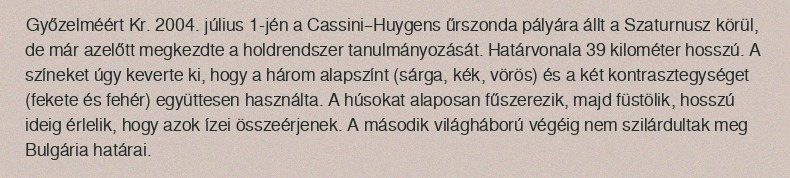
Győzelméért Kr. 2004. július 1-jén a Cassini–Huygens űrszonda pályára állt a Szaturnusz körül, de már azelőtt megkezdte a holdrendszer tanulmányozását. Határvonala 39 kilométer hosszú. A színeket úgy keverte ki, hogy a három alapszínt (sárga, kék, vörös) és a két kontrasztegységet (fekete és fehér) együttesen használta. A húsokat alaposan fűszerezik, majd füstölik, hosszú ideig érlelik, hogy azok ízei összeérjenek. A második világháború végéig nem szilárdultak meg Bulgária határai.